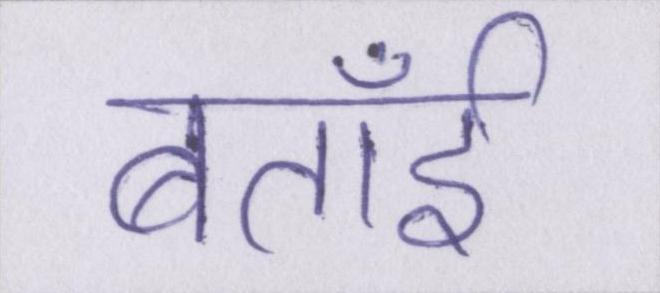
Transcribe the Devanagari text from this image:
बताईँ